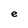
Character: e